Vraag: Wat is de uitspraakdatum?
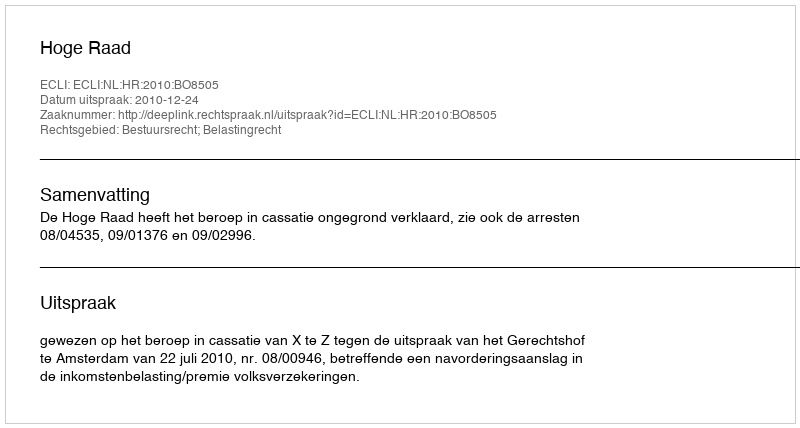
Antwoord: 2010-12-24